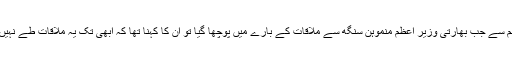
وزیر اعظم سے جب بھارتی وزیر اعظم منموہن سنگھ سے ملاقات کے بارے میں پوچھا گیا تو ان کا کہنا تھا کہ ابھی تک یہ ملاقات طے نہیں پائی ہے۔